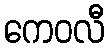
ကေဝလီ